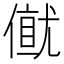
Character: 𠎂